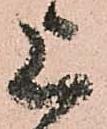
上